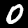
Digit: 0